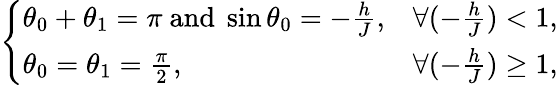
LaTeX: \left\{ \begin{array}{ll}{\theta_{0}+\theta_{1}=\pi\ \textrm{and}\ \sin\theta_{0}=-\frac{h}{J},}&{\forall(-\frac{h}{J})<1,}\\ {\theta_{0}=\theta_{1}=\frac{\pi}{2},}&{\forall(-\frac{h}{J})\ge 1,}\end{array}\right.